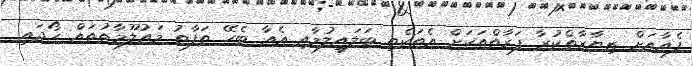
ފެއާއަށް ޒިޔާރާތްކުރާ ފަރާތްތަކަށް އެތަކެތި ބަލައިލުމާއި އެއާ ބެހޭ ތަފާތު މައުލޫމާތުތައް ހޯދައި